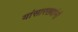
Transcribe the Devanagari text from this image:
यांसारख्यांनी